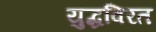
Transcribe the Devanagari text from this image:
युद्धविरत